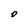
Character: O